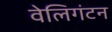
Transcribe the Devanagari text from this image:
वेलिगंटन